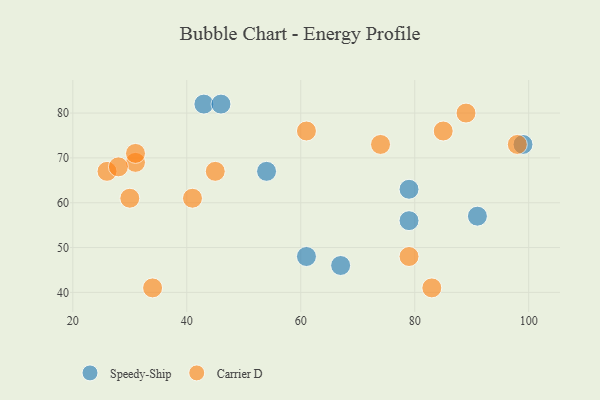
{"axis": {"x": "GDP", "y": "Life Expectancy"}, "legend": ["Carrier D", "Speedy-Ship"], "data": [{"x": "91", "y": 57, "type": "Speedy-Ship"}, {"x": "54", "y": 67, "type": "Speedy-Ship"}, {"x": "43", "y": 82, "type": "Speedy-Ship"}, {"x": "99", "y": 73, "type": "Speedy-Ship"}, {"x": "79", "y": 56, "type": "Speedy-Ship"}, {"x": "46", "y": 82, "type": "Speedy-Ship"}, {"x": "79", "y": 63, "type": "Speedy-Ship"}, {"x": "61", "y": 48, "type": "Speedy-Ship"}, {"x": "67", "y": 46, "type": "Speedy-Ship"}, {"x": "83", "y": 41, "type": "Carrier D"}, {"x": "45", "y": 67, "type": "Carrier D"}, {"x": "41", "y": 61, "type": "Carrier D"}, {"x": "61", "y": 76, "type": "Carrier D"}, {"x": "79", "y": 48, "type": "Carrier D"}, {"x": "98", "y": 73, "type": "Carrier D"}, {"x": "74", "y": 73, "type": "Carrier D"}, {"x": "31", "y": 69, "type": "Carrier D"}, {"x": "31", "y": 71, "type": "Carrier D"}, {"x": "30", "y": 61, "type": "Carrier D"}, {"x": "26", "y": 67, "type": "Carrier D"}, {"x": "28", "y": 68, "type": "Carrier D"}, {"x": "85", "y": 76, "type": "Carrier D"}, {"x": "89", "y": 80, "type": "Carrier D"}, {"x": "34", "y": 41, "type": "Carrier D"}]}